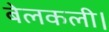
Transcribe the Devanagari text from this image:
बेलकली।